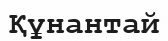
Құнантай